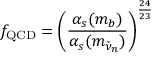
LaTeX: f _ { \mathrm { { Q C D } } } = \left( \frac { \alpha _ { s } ( m _ { b } ) } { \alpha _ { s } ( m _ { \tilde { \nu } _ { n } } ) } \right) ^ { \frac { 2 4 } { 2 3 } }